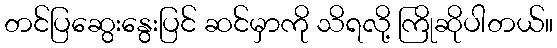
တင်ပြဆွေးနွေးပြင် ဆင်မှာကို သိရလို့ ကြိုဆိုပါတယ်။